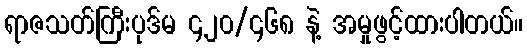
ရာဇသတ်ကြီးပုဒ်မ ၄၂၀/၄၆၈ နဲ့ အမှုဖွင့်ထားပါတယ်။